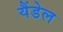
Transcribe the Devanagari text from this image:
यैंडेल